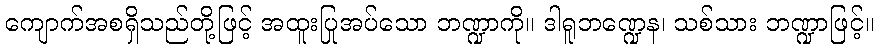
ကျောက်အစရှိသည်တို့ဖြင့် အထူးပြုအပ်သော ဘဏ္ဍာကို။ ဒါရူဘဏ္ဍေန၊ သစ်သား ဘဏ္ဍာဖြင့်။